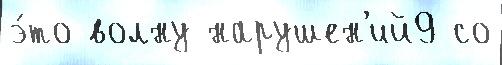
э́то волну нарушен'ий9 со